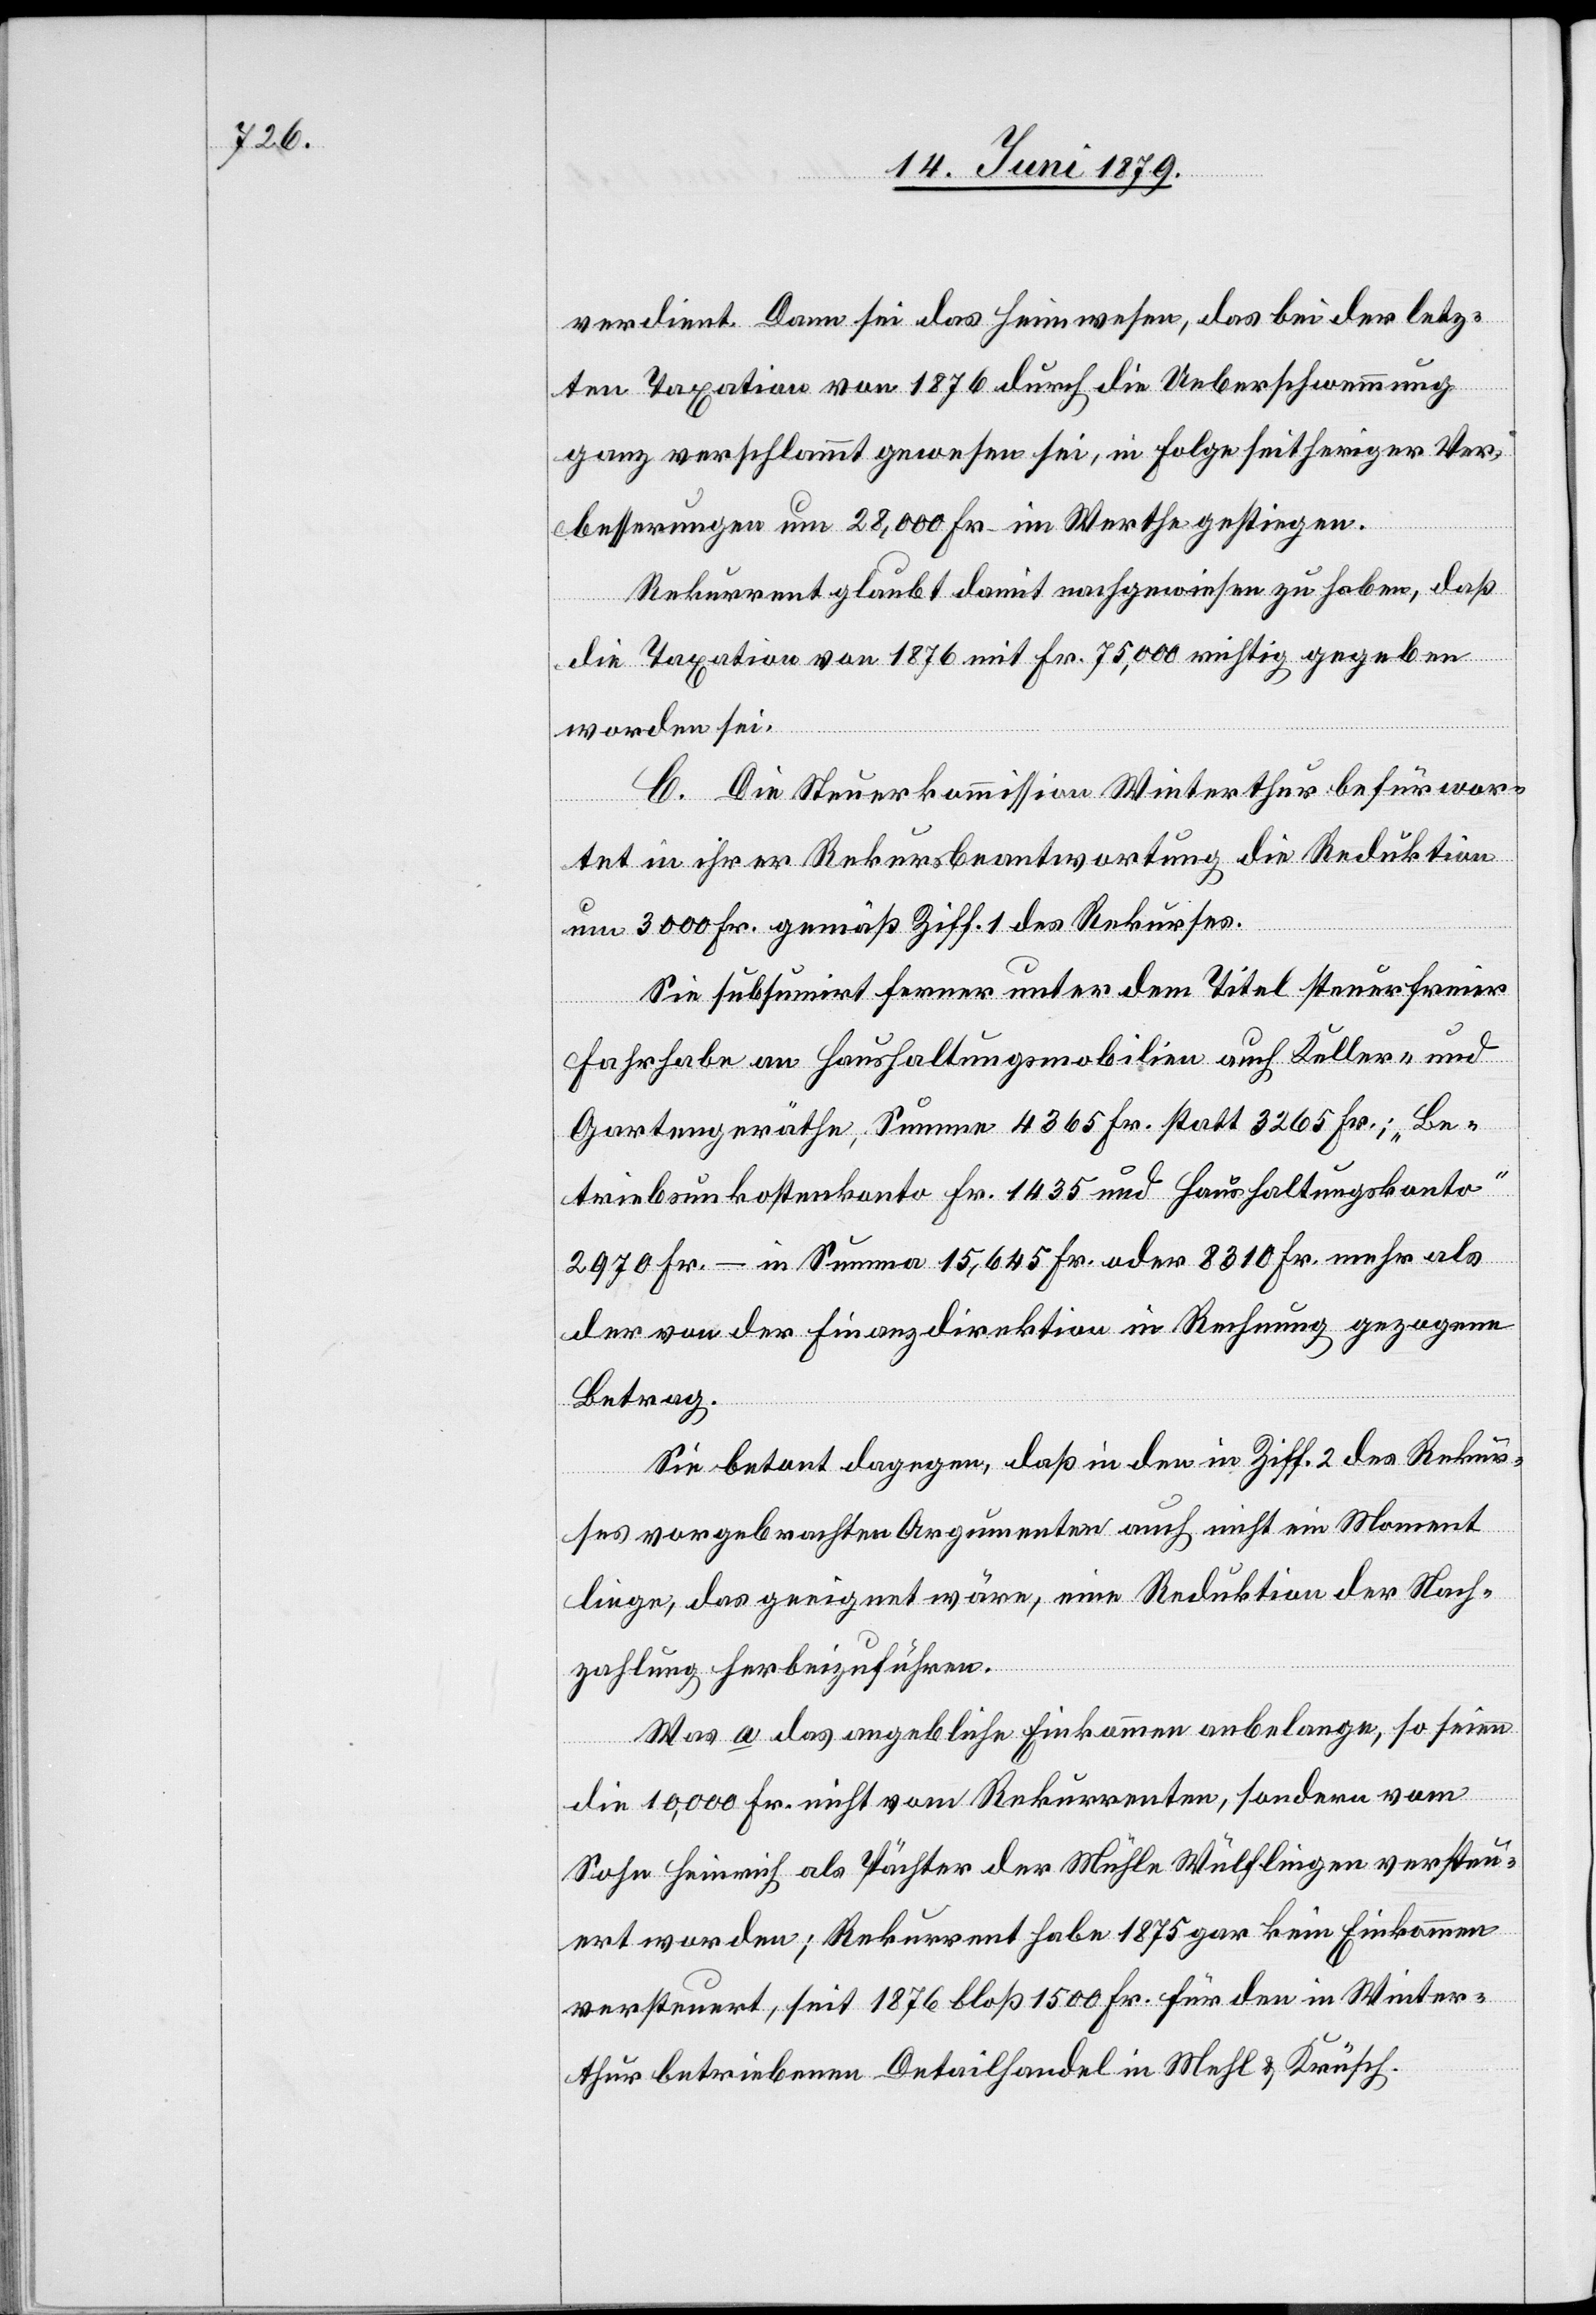
verdient. Dann sei das Heimwesen, das bei der letz¬
ten Taxation von 1876 durch die Ueberschwemmung
ganz verschlammt gewesen sei, in Folge seitheriger Ver¬
besserungen um 28,000 Fr. im Werthe gestiegen.
Rekurrent glaubt damit nachgewiesen zu haben, daß
die Taxation von 1876 mit Fr. 75,000 richtig gegeben
worden sei.
C. Die Steuerkommission Winterthur befürwor¬
tet in ihrer Rekursbeantwortung die Reduktion
um 3000 Fr. gemäß Ziff. 1 des Rekurses.
Sie subsumirt ferner unter dem Titel steuerfreier
Fahrhabe an Haushaltungsmobilien auch Keller- und
Gartengeräthe, Summe 4365 Fr. statt 3265 Fr.; „Be¬
triebsunkostenkonto Fr. 1435 und Haushaltungskonto“
2970 Fr. – in Summa 15,645 Fr. oder 8310 Fr. mehr als
der von der Finanzdirektion in Rechnung gezogene
Betrag.
Sie betont dagegen, daß in den in Ziff. 2 des Rekur¬
ses vorgebrachten Argumenten auch nicht ein Moment
liege, das geeignet wäre, eine Reduktion der Nach¬
zahlung herbeizuführen.
Was a das angebliche Einkommen anbelange, so seien
die 10,000 Fr. nicht vom Rekurrenten, sondern vom
Sohn Heinrich als Pächter der Mühle Wülflingen versteu¬
ert worden; Rekurrent habe 1875 gar kein Einkommen
versteuert, seit 1876 bloß 1500 Fr. für den in Winter¬
thur betriebenen Detailhandel in Mehl & Krüsch.